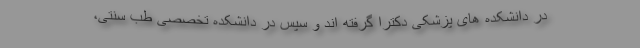
در دانشکده های پزشکی دکترا گرفته اند و سپس در دانشکده تخصصی طب سنتی،